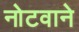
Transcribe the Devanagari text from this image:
नोटवाने